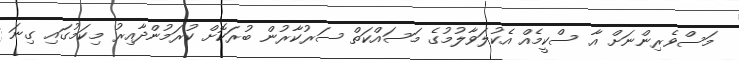
މަސްވެރިންނަށް އާ ސްކީމެއް އެކުލަވާލުމުގެ މަސައްކަތް ސަރުކާރުން ބުރަކޮށް ކުރަމުންދާއިރު މިކަމުގައި ގިނަ